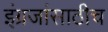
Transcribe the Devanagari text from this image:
इंग्रजांसाठीच